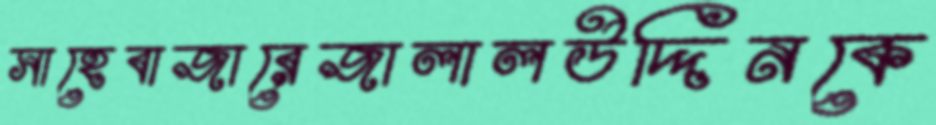
সাহেবাজারেজালালউদ্দিনকে